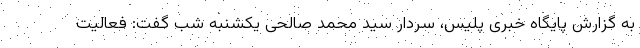
به گزارش پایگاه خبری پلیس، سردار سید محمد صالحی یکشنبه شب گفت: فعالیت